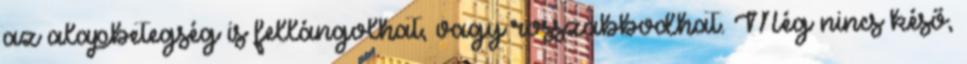
az alapbetegség is fellángolhat, vagy rosszabbodhat. Még nincs késő,